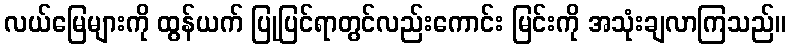
လယ်မြေများကို ထွန်ယက် ပြုပြင်ရာတွင်လည်းကောင်း မြင်းကို အသုံးချလာကြသည်။